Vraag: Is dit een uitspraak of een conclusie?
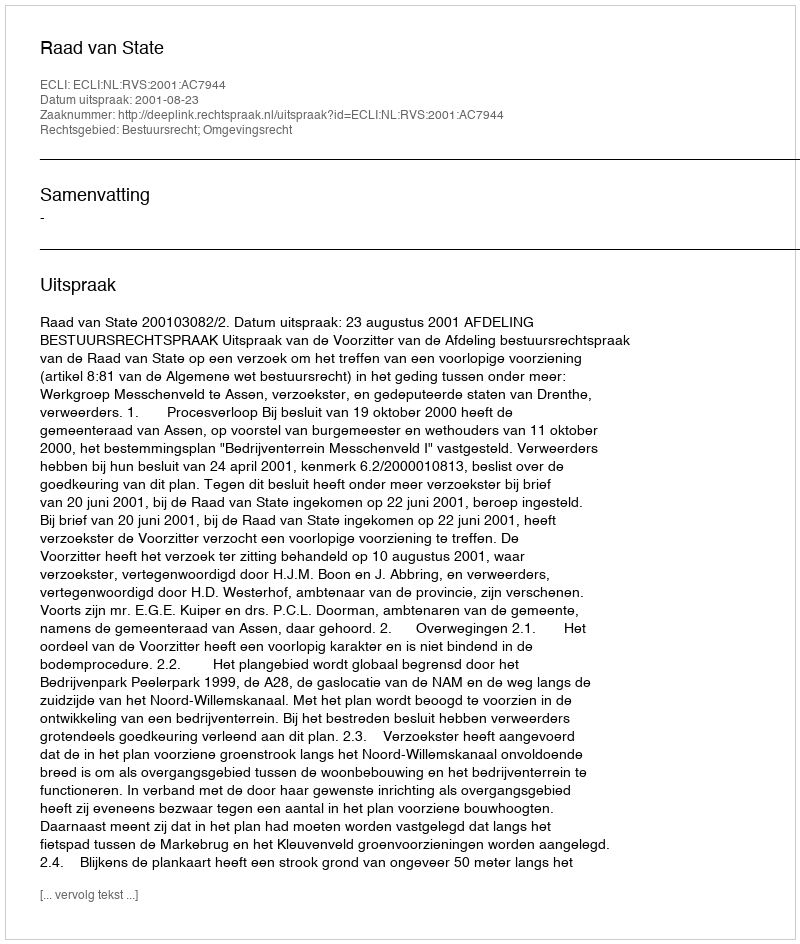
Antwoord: Uitspraak